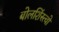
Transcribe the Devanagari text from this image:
बोलशिंस्त्वो